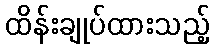
ထိန်းချုပ်ထားသည့်